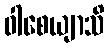
ဝါစေယျာသိ